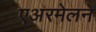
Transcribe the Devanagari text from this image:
एअरमेलने